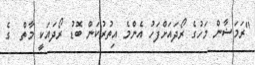
"ރަމަޟާން މަހުގެ ރޯދައަށްފަހު އެންމެ އިތުރުކަން ބޮޑު ރޯދައަކީ މާތް  ގެ